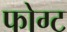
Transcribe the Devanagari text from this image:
फोग्ट